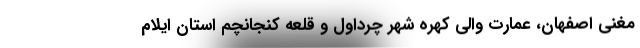
مغنی اصفهان، عمارت والی کهره شهر چرداول و قلعه کنجانچم استان ایلام